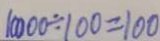
1 0 0 0 0 \div 1 0 0 = 1 0 0